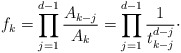
\begin{align*}f_k = \prod_{j = 1}^{d - 1} \frac{A_{k - j}}{A_k} = \prod_{j = 1}^{d - 1}\frac{1}{t_{k - j}^{d - j}}\cdot\end{align*}